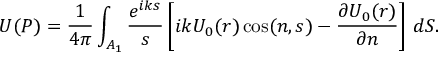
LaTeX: U ( P ) = { \frac { 1 } { 4 \pi } } \int _ { A _ { 1 } } { \frac { e ^ { i k s } } { s } } \left[ i k U _ { 0 } ( r ) \cos ( n , s ) - { \frac { \partial U _ { 0 } ( r ) } { \partial n } } \right] \, d S .